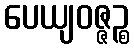
ပေယျဝဇ္ဇဉ္စ